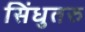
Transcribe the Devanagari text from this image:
सिंधुतरु